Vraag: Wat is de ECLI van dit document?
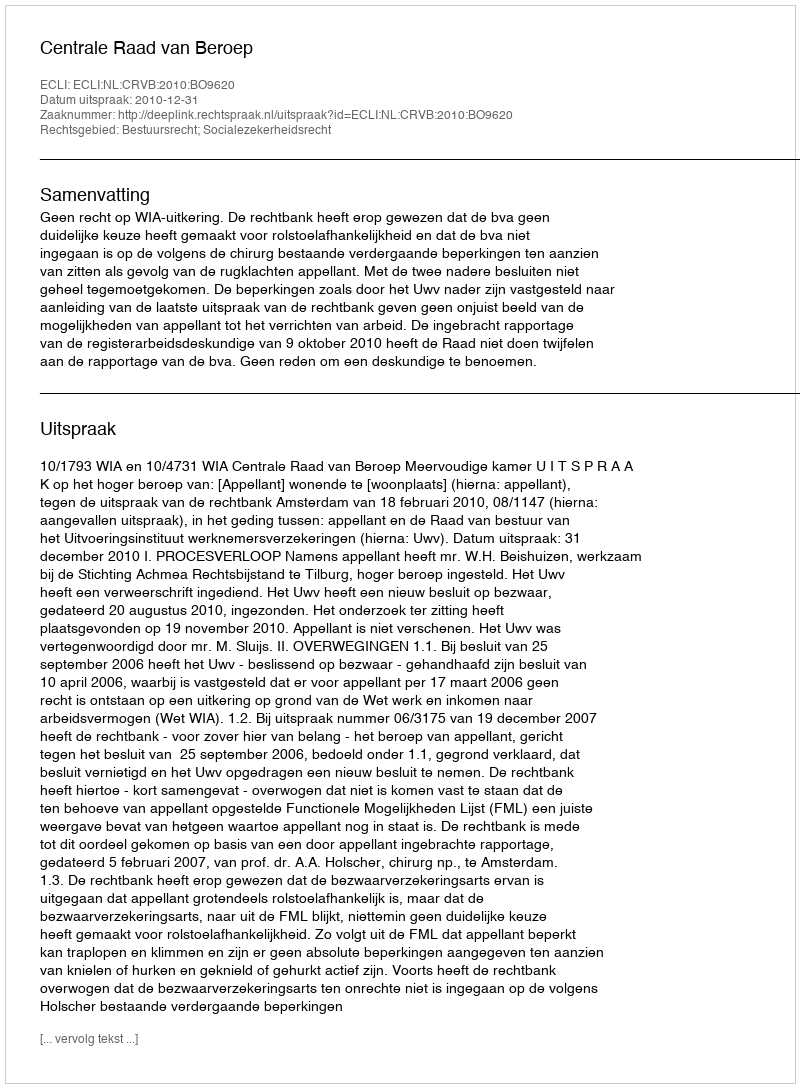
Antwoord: ECLI:NL:CRVB:2010:BO9620